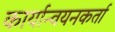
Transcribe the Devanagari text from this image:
कार्यान्वयनकर्ता